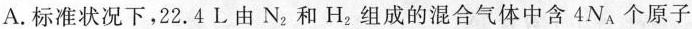
A.标准状况下，22.4L由N_{2}和H_{2}组成的混合气体中含4N_{A}个原子